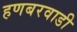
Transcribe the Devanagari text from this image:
हणबरवाडी